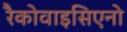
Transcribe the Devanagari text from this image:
रैकोवाइसिएनो